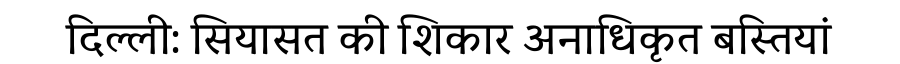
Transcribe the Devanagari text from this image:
दिल्ली: सियासत की शिकार अनाधिकृत बस्तियां